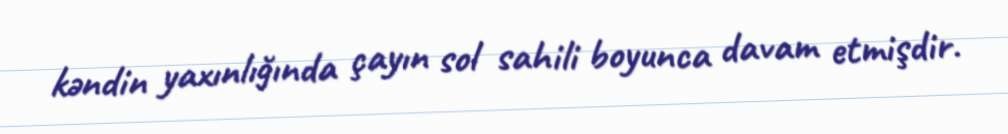
kəndin yaxınlığında çayın sol sahili boyunca davam etmişdir.